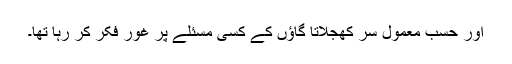
اور حسبِ معمول سر کھجلاتا گاؤں کے کسی مسئلے پر غور فکر کر رہا تھا۔